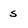
Character: s